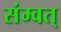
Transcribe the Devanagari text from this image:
संम्वत्